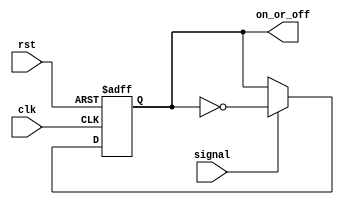
`timescale 1ns/1ps
module button(input clk, input rst, input signal, output reg on_or_off);
	always@(posedge clk or posedge rst)begin
		if(rst)
			on_or_off <= 0;
		else if(signal)
			on_or_off <= !on_or_off;
		else
			on_or_off <= on_or_off;
	end
endmodule